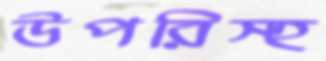
উপরিস্হ